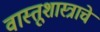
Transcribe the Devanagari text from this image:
वास्तूशास्त्राचे